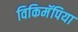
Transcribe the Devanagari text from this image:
विकिमॅपिया